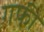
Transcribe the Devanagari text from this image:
गफी